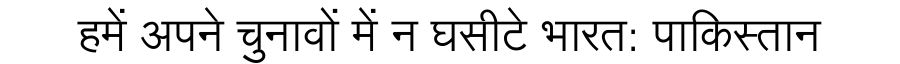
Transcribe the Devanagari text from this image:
हमें अपने चुनावों में न घसीटे भारत: पाकिस्तान